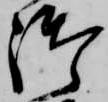
御